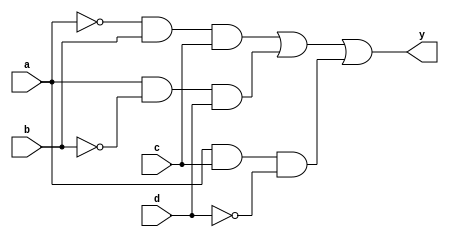
module comb_logic_block (
    input wire a,       // Input variable a
    input wire b,       // Input variable b
    input wire c,       // Input variable c
    input wire d,       // Input variable d
    output wire y       // Output variable y
);

// Intermediate signals for product terms
wire p1; // Product term for a'bc
wire p2; // Product term for ab'd
wire p3; // Product term for ac'd'

// Implementing the simplified SOP expression
assign p1 = ~a & b & c; // a'bc
assign p2 = a & ~b & d; // ab'd
assign p3 = a & c & ~d; // ac'd

// Final output as the sum of the product terms
assign y = p1 | p2 | p3; // y = a'bc + ab'd + ac'd

endmodule